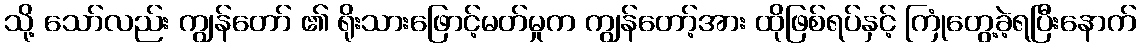
သို့ သော်လည်း ကျွန်တော် ၏ ရိုးသားဖြောင့်မတ်မှုက ကျွန်တော့်အား ထိုဖြစ်ရပ်နှင့် ကြုံတွေ့ခဲ့ရပြီးနောက်